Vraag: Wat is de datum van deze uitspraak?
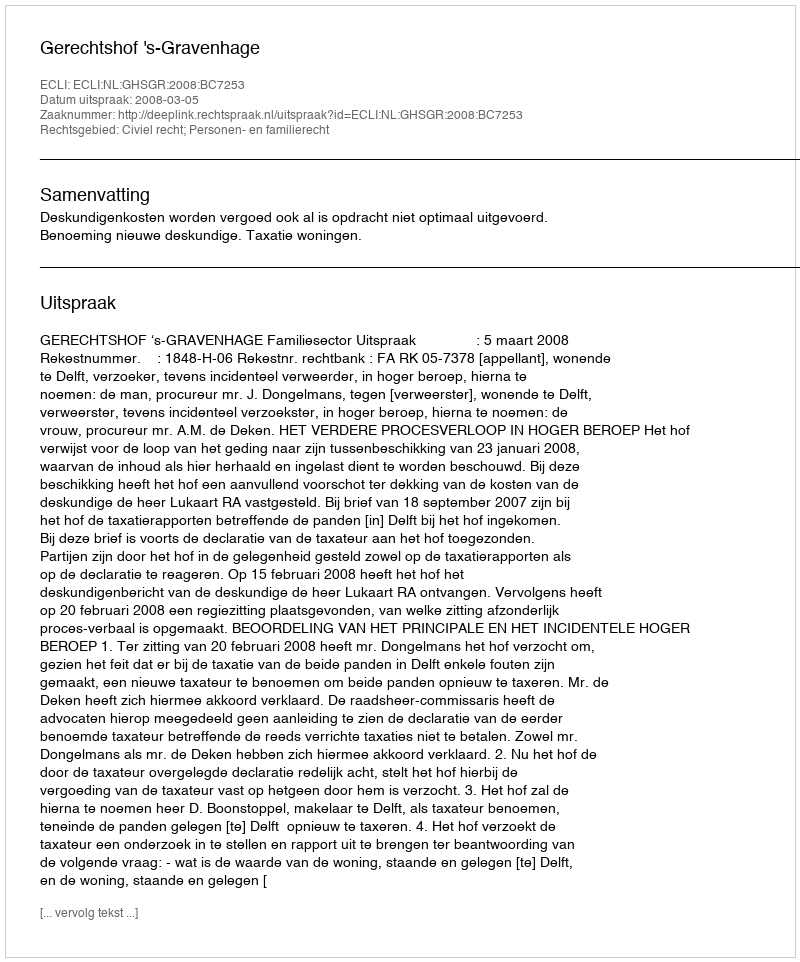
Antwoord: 2008-03-05